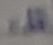
Text: 1µ